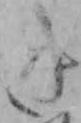
き